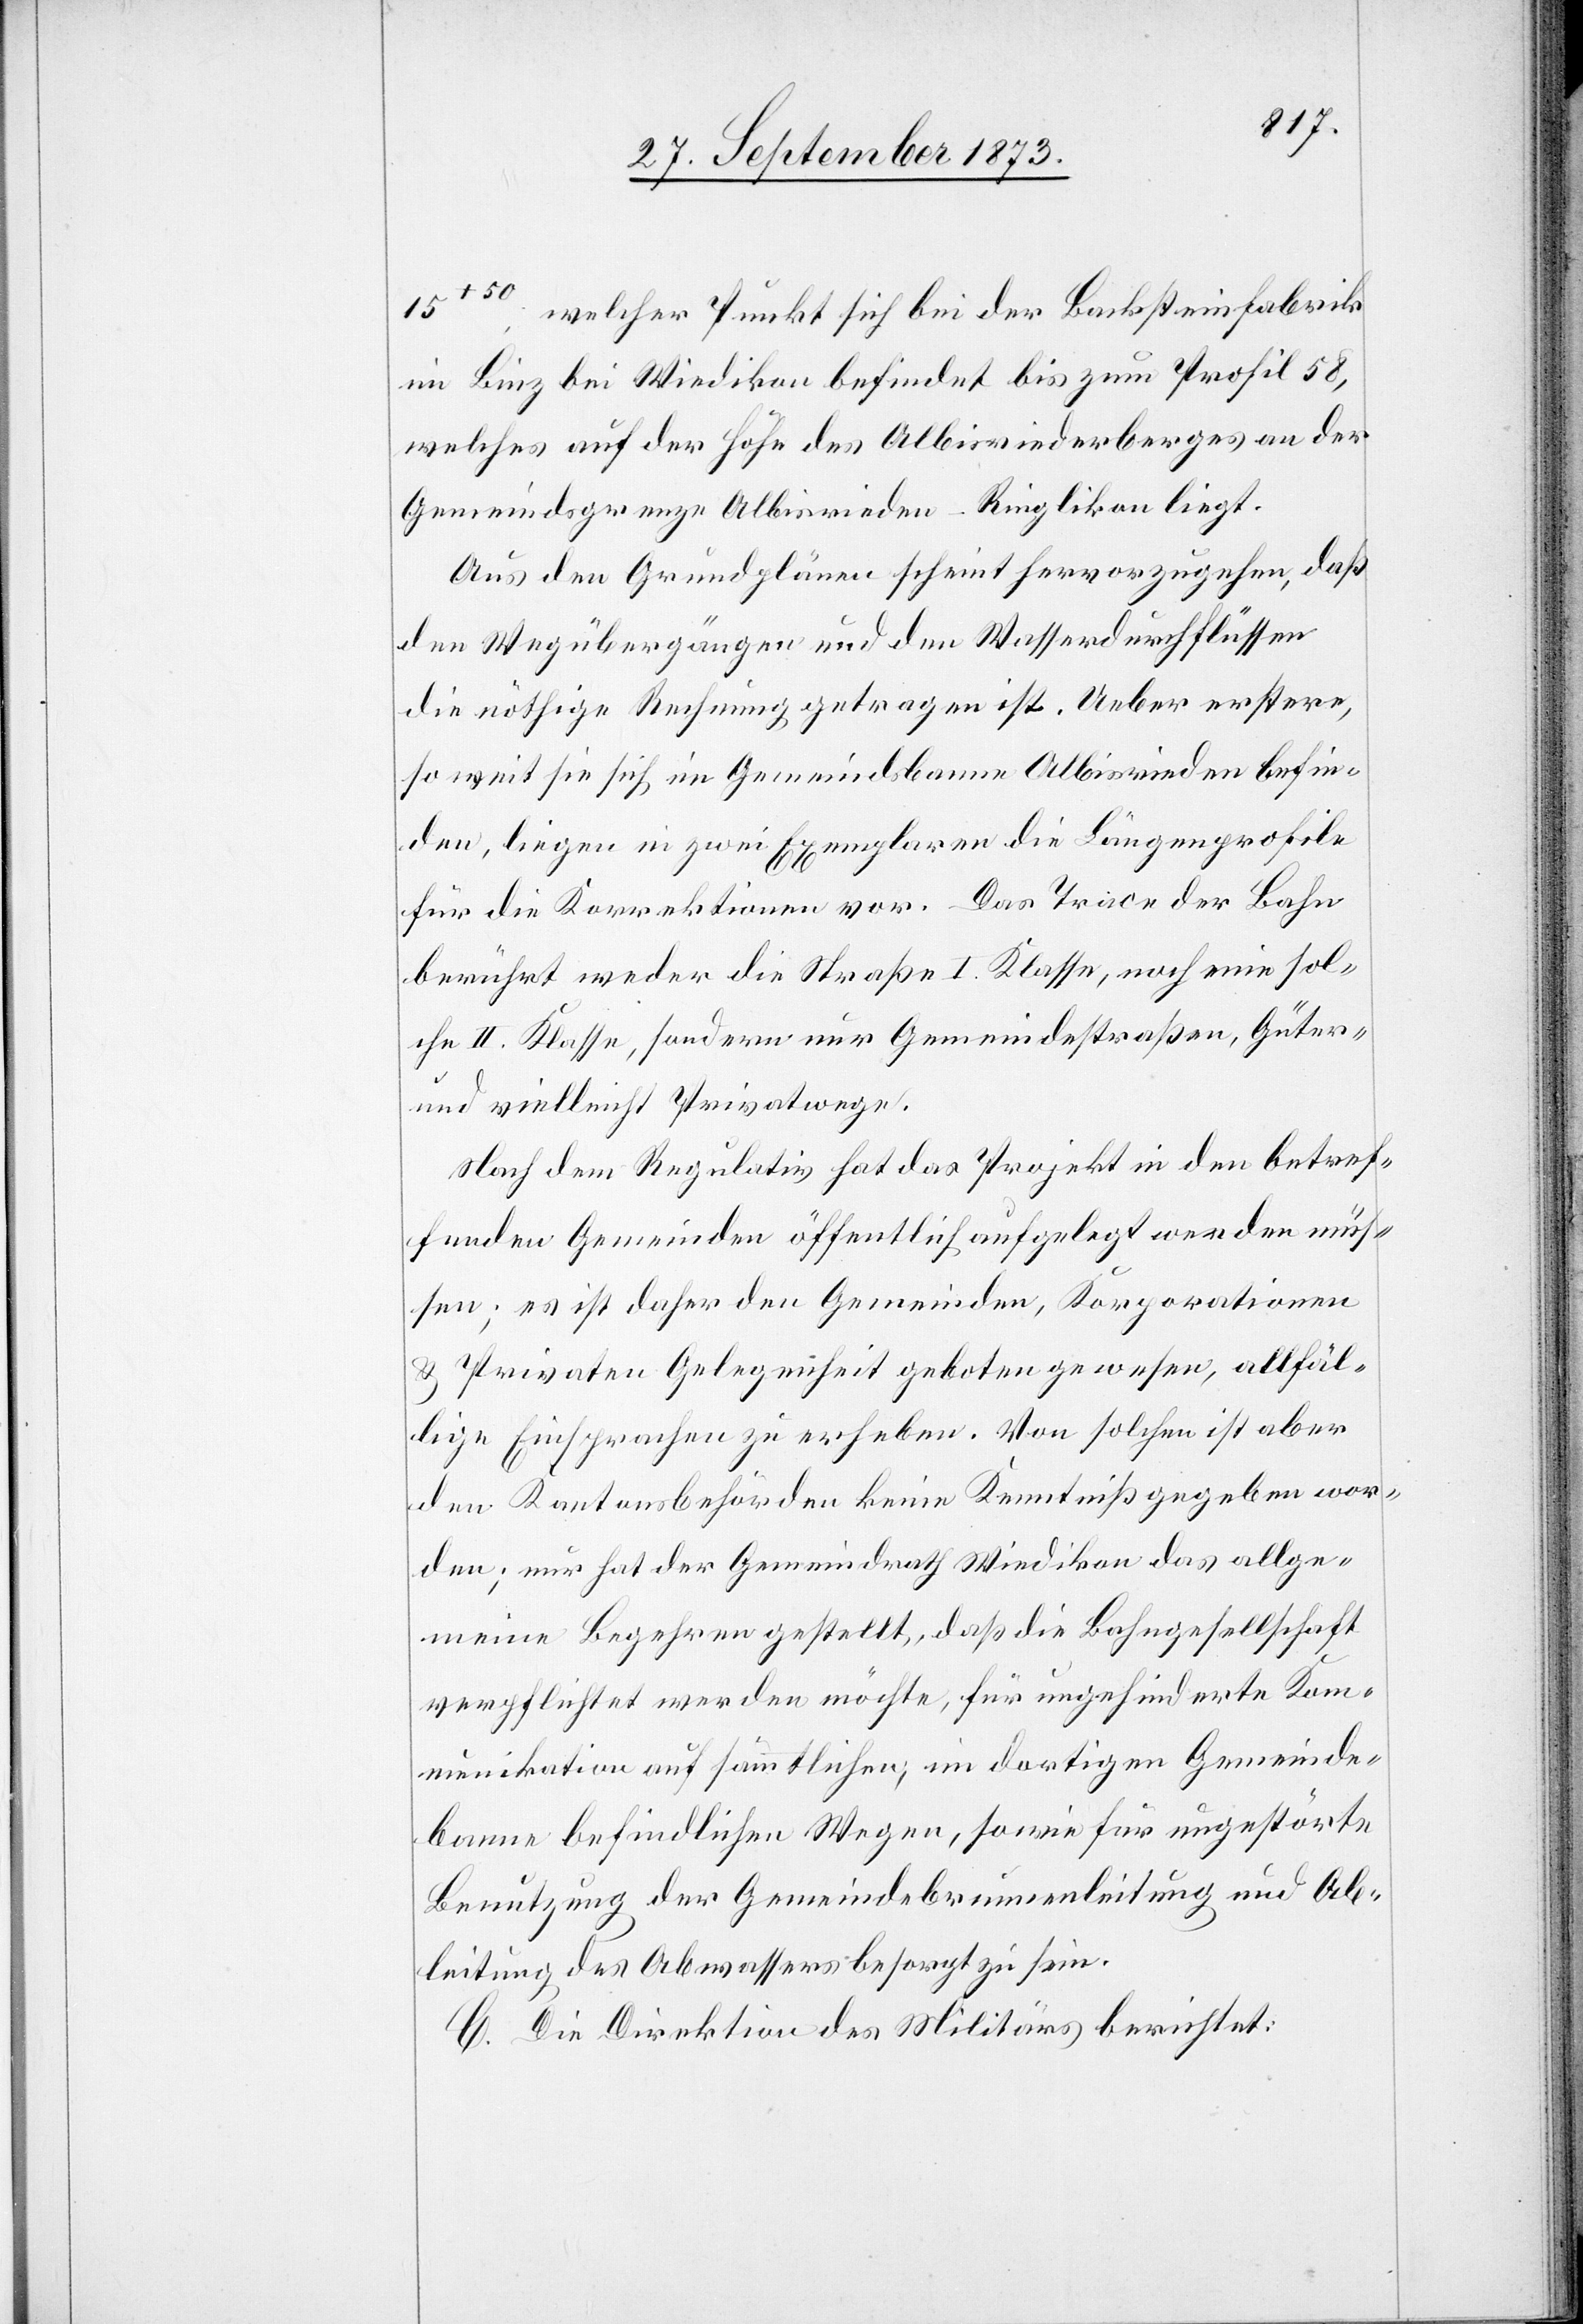
15+50, welcher Punkt sich bei der Backsteinfabrik
im Binz bei Wiedikon befindet bis zum Profil 58,
welches auf der Höhe des Albisriederberges an der
Gemeindsgrenze Albisrieden–Ringlikon liegt.
Aus den Grundplänen scheint hervorzugehen, daß
den Wegübergängen und den Wasserdurchflüssen
die nöthige Rechnung getragen ist. Ueber erstere,
so weit sie sich im Gemeindsbanne Albisrieden befin¬
den, liegen in zwei Exemplaren die Längenprofile
für die Korrektionen vor. Das Trace der Bahn
berührt weder die Straße I. Klasse, noch eine sol¬
che II. Klasse, sondern nur Gemeindestraßen, Güter-
und vielleicht Privatwege.
Nach dem Regulativ hat das Projekt in den betref¬
fenden Gemeinden öffentlich aufgelegt werden müs¬
sen; es ist daher den Gemeinden, Korporationen
& Privaten Gelegenheit geboten gewesen, allfäl¬
lige Einsprachen zu erheben. Von solchen ist aber
den Kantonsbehörden keine Kenntniß gegeben wor¬
den; nur hat der Gemeindrath Wiedikon das allge¬
meine Begehren gestellt, daß die Bahngesellschaft
verpflichtet werden möchte, für ungehinderte Kom¬
munikation auf sämmtlichen, im dortigen Gemeinde¬
banne befindlichen Wegen, sowie für ungestörte
Benutzung der Gemeindebrunnenleitung und Ab¬
leitung des Abwassers besorgt zu sein.
C. Die Direktion des Militärs berichtet: